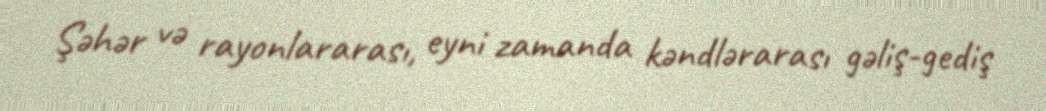
Şəhər və rayonlararası, eyni zamanda kəndlərarası gəliş-gediş